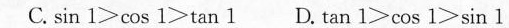
C. sin 1>cos 1>tan 1 D. tan 1>cos 1>sin 1